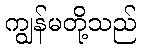
ကျွန်မတို့သည်